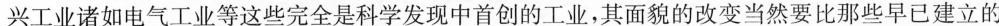
兴工业诸如电气工业等这些完全是科学发现中首创的工业，其面貌的改变当然要比那些早已建立的